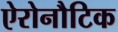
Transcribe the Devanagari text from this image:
ऐरोनौटिक